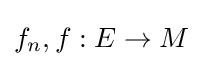
f_{n},f:E\to M